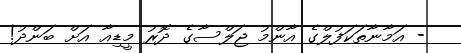
- އަމާނާތަކަފުލްގެ އާންމު ޖަލްސާގެ ދޮރު މީޑިއާ އަށް ބަންދު!